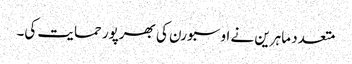
متعدد ماہرین نے اوسبورن کی بھرپور حمایت کی۔